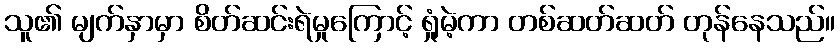
သူ၏ မျက်နှာမှာ စိတ်ဆင်းရဲမှုကြောင့် ရှုံမဲ့ကာ တစ်ဆတ်ဆတ် တုန်နေသည်။